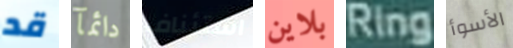
قد دائمآ استئناف بلاين Ring الأسوأ